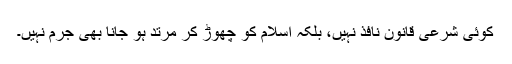
کوئی شرعی قانون نافذ نہیں، بلکہ اسلام کو چھوڑ کر مرتد ہو جانا بھی جرم نہیں۔